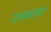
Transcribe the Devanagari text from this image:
गरमबाज़ारी